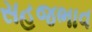
સહજભાવ